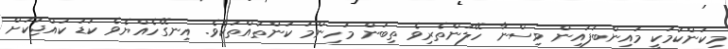
މިކަންކަމަކީ މައިންބަފައިން ވިސްނާ ހޭލުންތެރިވެ ތިބުން މުހިންމު ކަންތައްތަކެވެ. އިނގޭހެއްޔެވެ ކުޑަ ކުއްޖަކަށް